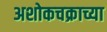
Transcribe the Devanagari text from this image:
अशोकचक्राच्या